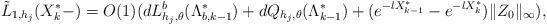
LaTeX: \begin{align*}\tilde{L}_{1,h_j}(X_{k}^*-)=O(1)(dL^{b}_{h_j,\theta}(\Lambda_{b,k-1}^{*})+dQ_{h_j,\theta}(\Lambda_{k-1}^{*})+(e^{-lX_{k-1}^*}-e^{-lX_{k}^*})\|Z_{0}\|_{\infty}),\end{align*}